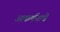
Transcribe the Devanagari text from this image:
आकर्षनाचे